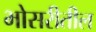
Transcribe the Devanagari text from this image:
भोसरीतील